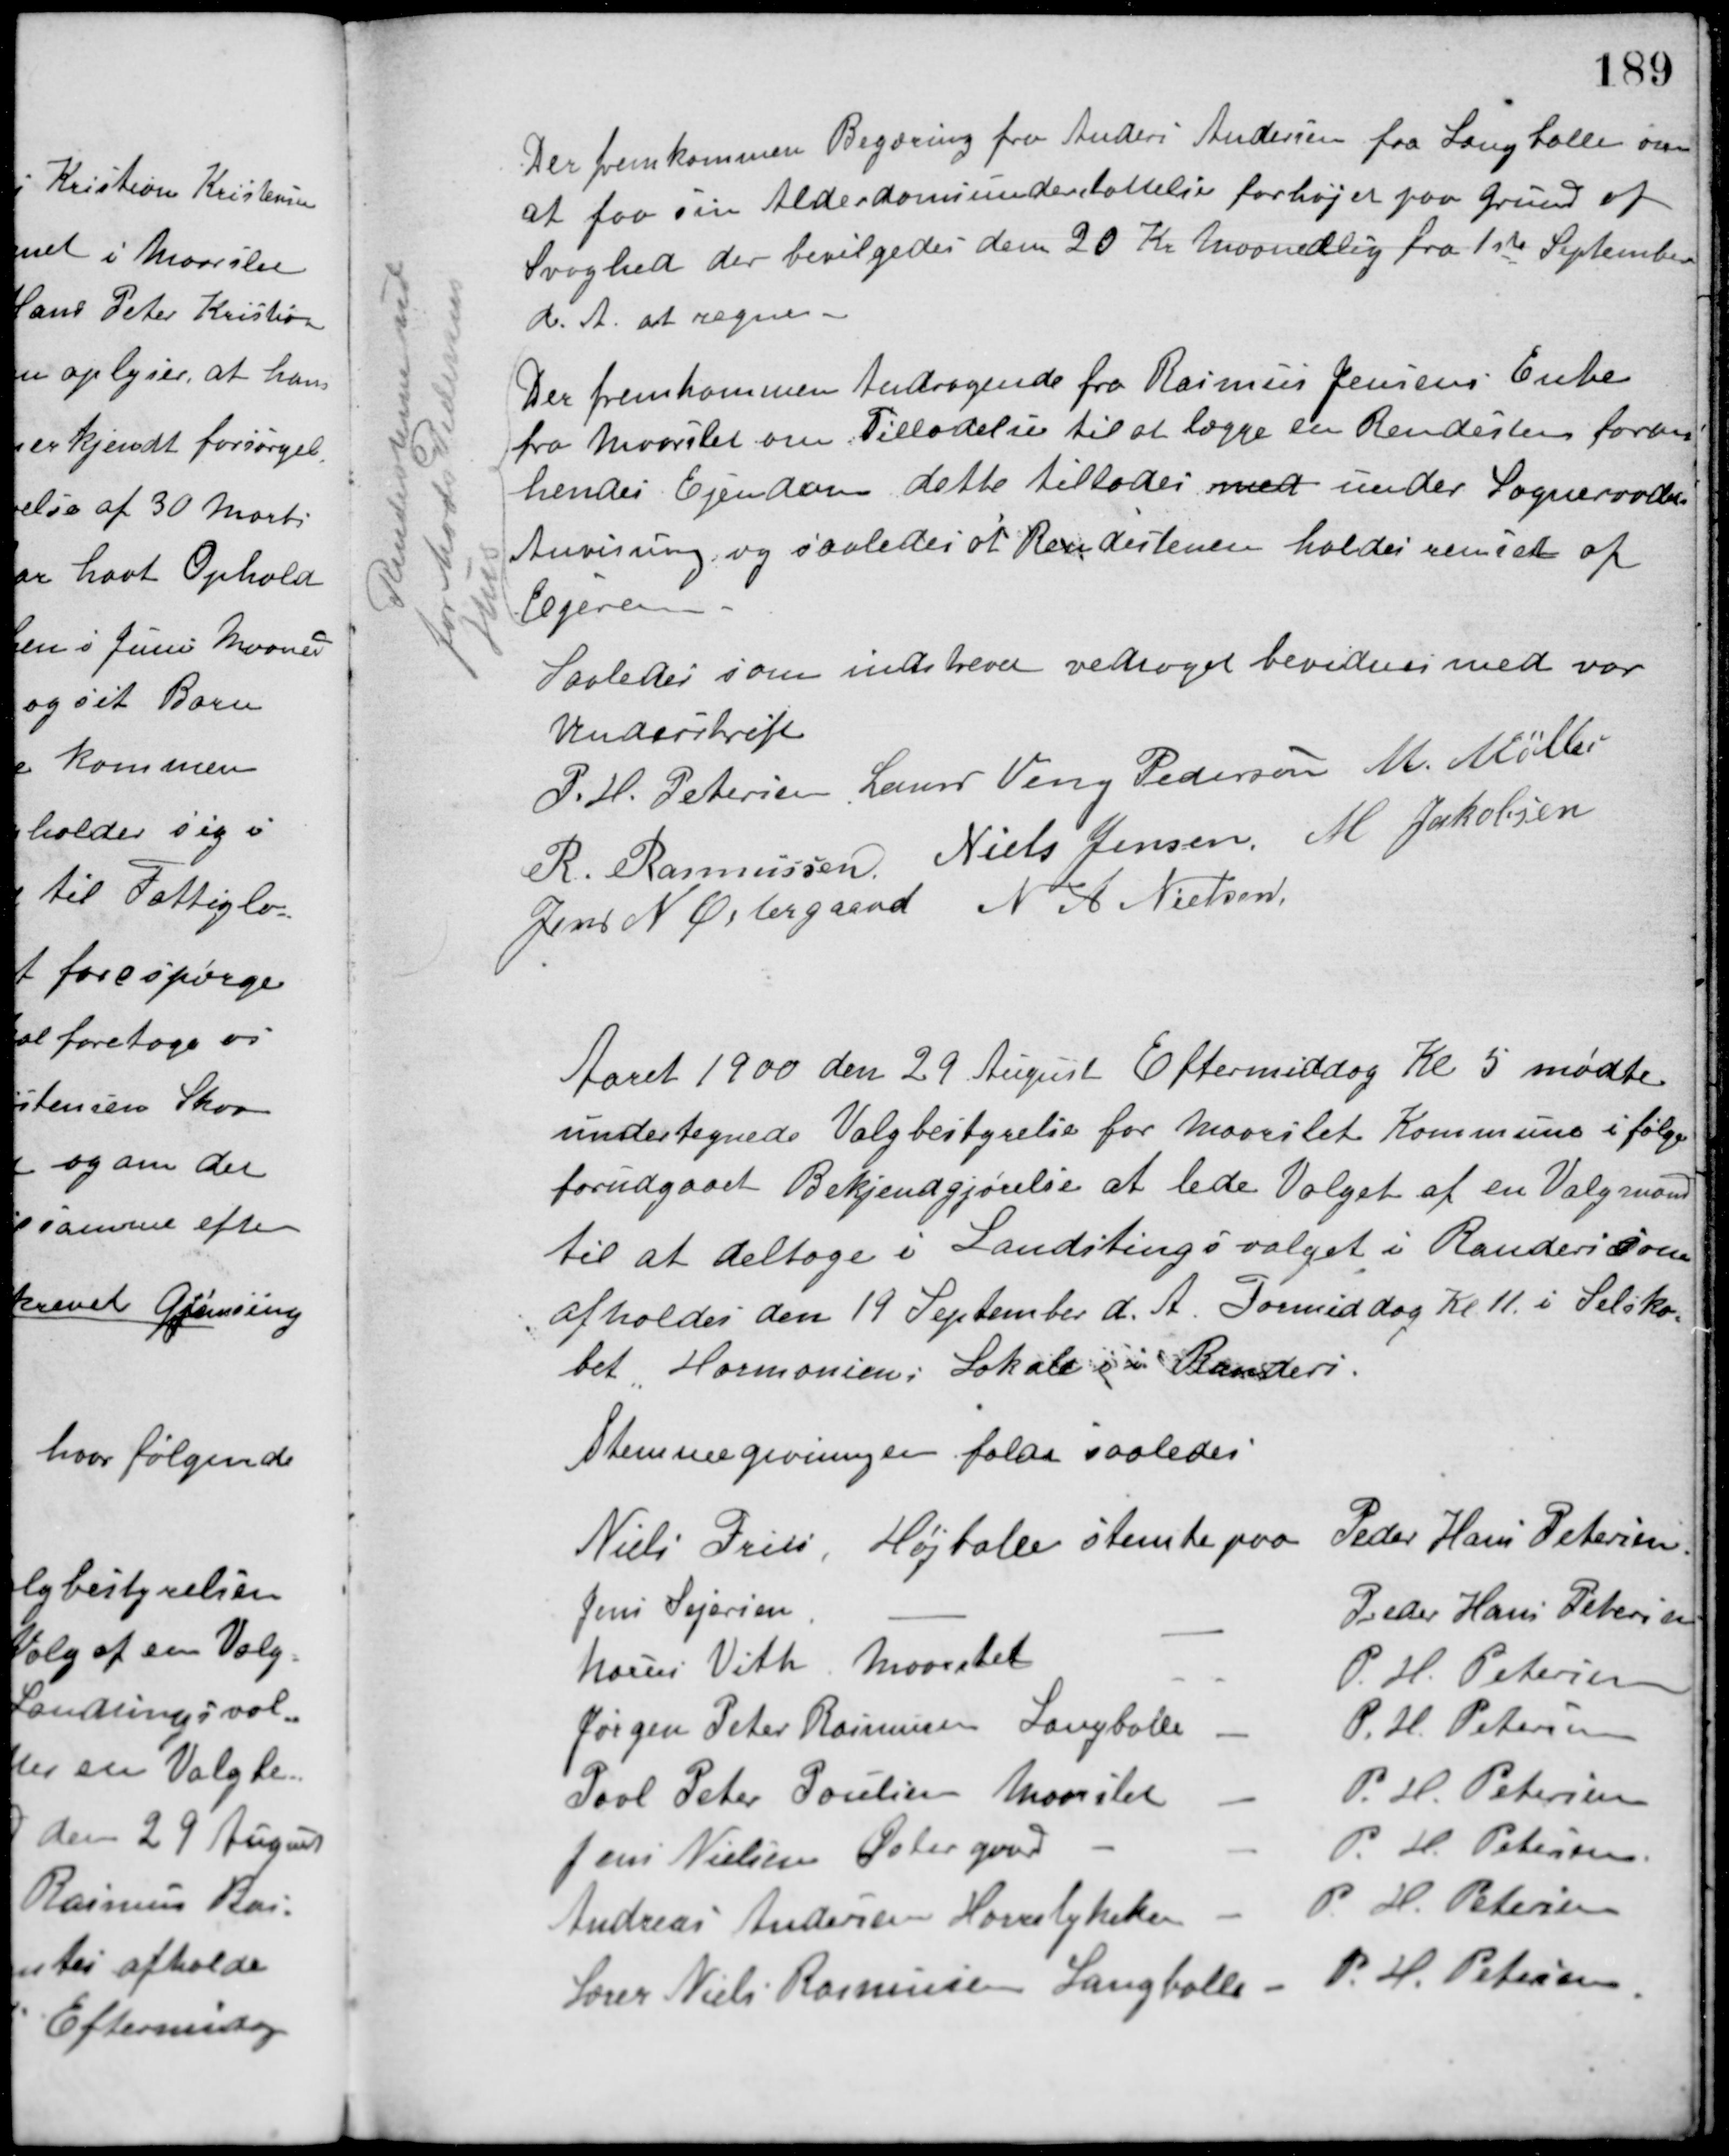
Transskription:
Der fremkommen Begæring fra Anders Andersen fra Langballe om
at faa sin Alderdomsunderstøttelse forhøjet paa Grund af
Svaghed der bevilgedes dem 20 Kr. maanedlig fra 1ste September
d. A. at regne.
Der fremkommen Andragende fra Rasmus Jensens Enke
fra Maarslet om Tilladelse til at lægge en Rendesten foran
hendes Ejendom dette tillades med under Sogneraadets
Anvisning og saaledes at Rendestenen holdes renset af
Lejeren.
Rendestenen ud
for Mads Pedersens
Hus
Saaledes som indskrevet vedtaget bevidnes med vor
Underskrift
P. H. Petersen Laurs Veng Pedersen M. Møller
R. Rasmussen Niels Jensen M. Jakobsen
Jens N. Østergaard N. A. Nielsen
Aaret 1900 den 29 August Eftermiddag Kl. 5 mødte
undertegnede Valgbestyrelse for Maarslet Kommune ifølge
forudgaaet Bekjendgjørelse at lede Valget af en Valgmand
til at deltage i Landstingsvalget i Randers som
afholdes den 19 September d. A. Formiddag Kl. 11 i Selska-
bet Harmoniens Lokale i Randers.
Stemmegivningen faldt saaledes
Niels Friis, Højballe stemte paa Peder Hans Petersen
Jens Sejersen, - - - Peder Hans Petersen
Laurs Vith, Maarslet - P. H. Petersen
Jørgen Peter Rasmussen, Langballe - P. H. Petersen
Poul Peter Poulsen, Maarslet - P. H. Petersen
Jens Nielsen Østergaard, - - P. H. Petersen
Andreas Andersen, Hørretlykken - P. H. Petersen
Lærer Niels Rasmussen, Langballe - P. H. Petersen